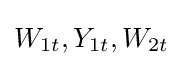
W_{1t},Y_{1t},W_{2t}